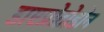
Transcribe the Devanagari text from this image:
डाएप्रोटोडोन